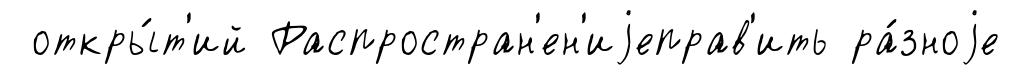
откры́т'ий Распростран'ен'иjеправ'ить ра́зноjе